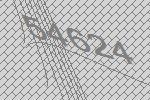
54624